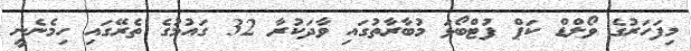
މިފަހަރުގެ ވޯލްޑް ކަޕް ފުޓްބޯޅަ މުބާރާތުގައި ވާދަކުރާ 32 ގައުމުގެ ތެރޭގައި ހިމެނެނީ